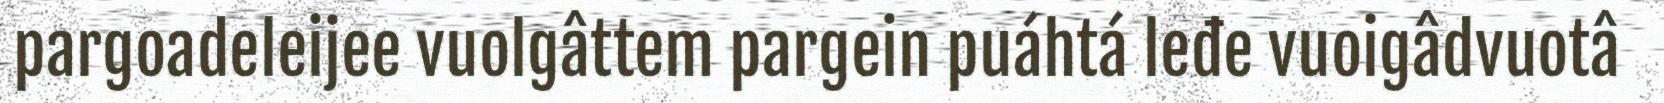
pargoadeleijee vuolgâttem pargein puáhtá leđe vuoigâdvuotâ